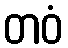
တဝံ